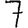
Digit: 7